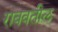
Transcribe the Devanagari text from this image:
राबवतील